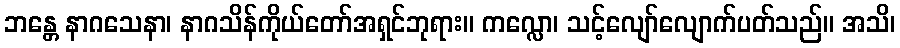
ဘန္တေ နာဂသေနာ၊ နာဂသိန်ကိုယ်တော်အရှင်ဘုရား။ ကလ္လော၊ သင့်လျော်လျောက်ပတ်သည်။ အသိ၊